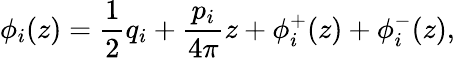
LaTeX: \phi_{i}(z)=\frac{1}{2}q_{i}+\frac{p_{i}}{4\pi}z+\phi_{i}^{+}(z)+\phi_{i}^{-}(z),